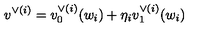
v ^ { \vee { ( i ) } } = v _ { 0 } ^ { \vee ( i ) } ( w _ { i } ) + \eta _ { i } v _ { 1 } ^ { \vee ( i ) } ( w _ { i } )